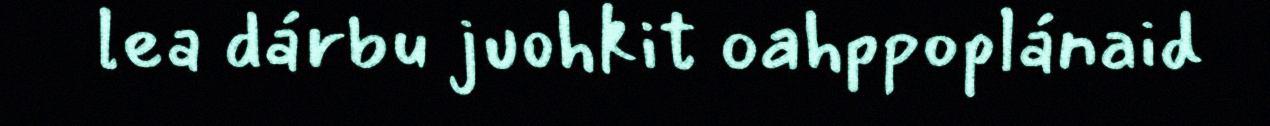
lea dárbu juohkit oahppoplánaid